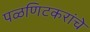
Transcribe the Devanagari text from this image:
पळणिटकरांचे